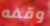
وقفه